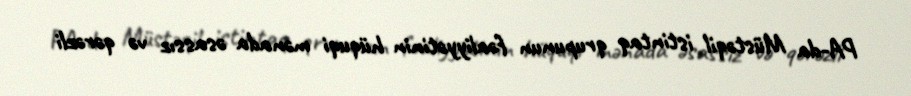
PA-da Müstəqil istintaq qrupunun fəaliyyətinin hüquqi mənada əsassız və qərəzli